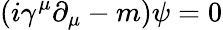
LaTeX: (i\gamma^{\mu}\partial_{\mu}-m)\psi=0